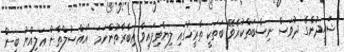
ޝަހީދުންގެ ދުވަސް ނިސްބަތްކުރެވޭ ބަތަކީ ތާރީޚުގައި ލިޔެވިފައިވާ ޢިބާރާތުންނަމަ "އައްސުލްތާން ޢަލިއްޔު ބިން